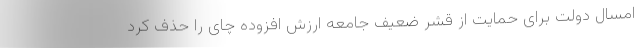
امسال دولت برای حمایت از قشر ضعیف جامعه ارزش افزوده چای را حذف کرد